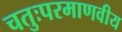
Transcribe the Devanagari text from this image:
चतुःपरमाणवीय